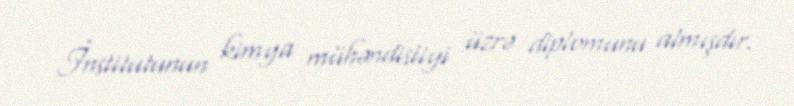
İnstitutunun kimya mühəndisliyi üzrə diplomunu almışdır.